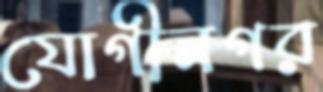
যোগীনগর